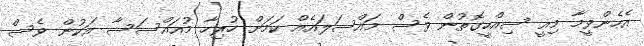
އެހެންވީމާ މިއީ ސިއްހީގޮތުން ވެސް މައްސަލައެއް ކަމަށް ހުރިހާ މުއައްސަސާ އަކުން ވެސް